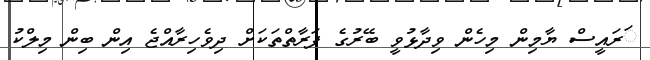
ަރައީސް ޔާމިން މިހެން ވިދާޅުވީ ބޭރުގެ ފަރާތްތަކަށް ދިވެހިރާއްޖެ އިން ބިން މިލްކު